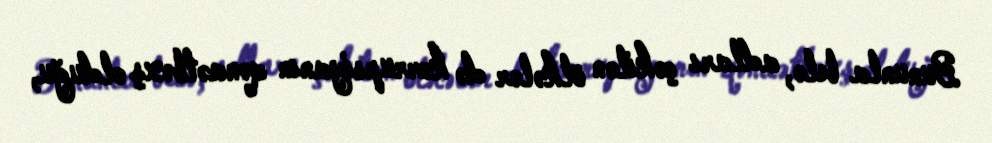
Bununla belə, adları çəkilən ölkələr də korrupsiyanın qənaətbəxş olduğu,